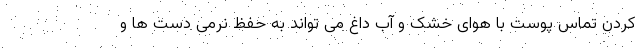
کردن تماس پوست با هوای خشک و آب داغ می تواند به حفظ نرمی دست ها و